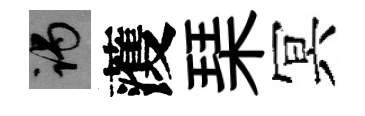
谒𮑮琹冥